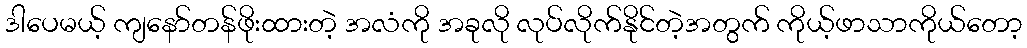
ဒါပေမယ့် ကျနော်တန်ဖိုးထားတဲ့ အလံကို အခုလို လုပ်လိုက်နိုင်တဲ့အတွက် ကိုယ့်ဖာသာကိုယ်တော့